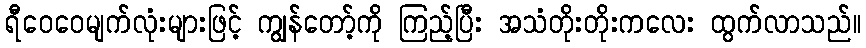
ရီဝေဝေမျက်လုံးများဖြင့် ကျွန်တော့်ကို ကြည့်ပြီး အသံတိုးတိုးကလေး ထွက်လာသည်။